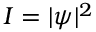
I = | \psi | ^ { 2 }